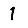
Digit: 1